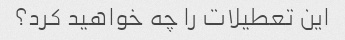
این تعطیلات را چه خواهید کرد؟